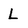
Character: L